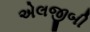
એલજીબી